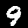
Label: 9